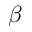
\beta